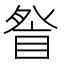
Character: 𭾽